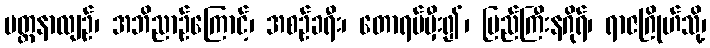
ပတ္ထနာလျဉ်၊ အဘိညာဉ်ကြောင့်၊ အစဉ်ခရီး၊ တောရပ်မှီး၍၊ ပြည်ကြီးနဂိုရ်၊ ရာဇဂြိုဟ်သို့၊